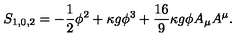
S _ { 1 , 0 , 2 } = - \frac { 1 } { 2 } \phi ^ { 2 } + \kappa g \phi ^ { 3 } + \frac { 1 6 } { 9 } \kappa g \phi A _ { \mu } A ^ { \mu } .